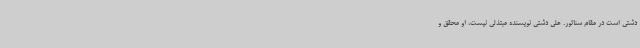
دشتی است در مقام سناتور. علی دشتی نویسنده مبتذلی نیست، او محقق و